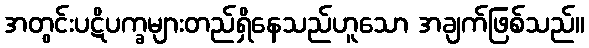
အတွင်းပဋိပက္ခများတည်ရှိနေသည်ဟူသော အချက်ဖြစ်သည်။